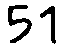
51